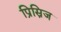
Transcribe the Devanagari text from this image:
प्रिस्निज